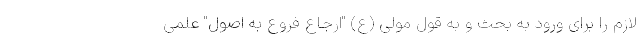
لازم را برای ورود به بحث و به قول مولی (ع) "ارجاع فروع به اصول" علمی